Madras plague regulations and rules - Volume 1
Disease focus: Plague
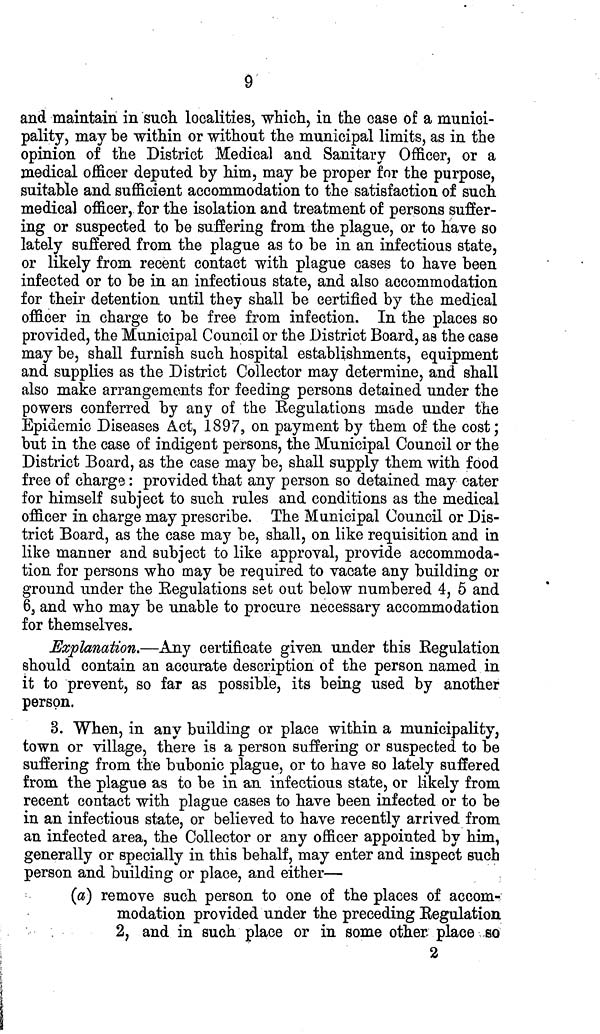
9
and maintain in such localities, which, in the case of a munici-
pality, may be within or without the municipal limits, as in the
opinion of the District Medical and Sanitary Officer, or a
medical officer deputed by him, may be proper for the purpose,
suitable and sufficient accommodation to the satisfaction of such
medical officer, for the isolation and treatment of persons suffer-
ing or suspected to be suffering from the plague, or to have so
lately suffered from the plague as to be in an infectious state,
or likely from recent contact with plague cases to have been
infected or to be in an infectious state, and also accommodation
for their detention until they shall be certified by the medical
officer in charge to be free from infection. In the places so
provided, the Municipal Council or the District Board, as the case
may be, shall furnish such hospital establishments, equipment
and supplies as the District Collector may determine, and shall
also make arrangements for feeding persons detained under the
powers conferred by any of the Regulations made under the
Epidemic Diseases Act, 1897, on payment by them of the cost;
but in the case of indigent persons, the Municipal Council or the
District Board, as the case may be, shall supply them with food
free of charge: provided that any person so detained may cater
for himself subject to such rules and conditions as the medical
officer in charge may prescribe. The Municipal Council or Dis-
trict Board, as the case may be, shall, on like requisition and in
like manner and subject to like approval, provide accommoda-
tion for persons who may be required to vacate any building or
ground under the Regulations set out below numbered 4, 5 and
6, and who may be unable to procure necessary accommodation
for themselves.
Explanation.—Any certificate given under this Regulation
should contain an accurate description of the person named in
it to prevent, so far as possible, its being used by another
person.
3. When, in any building or place within a municipality,
town or village, there is a person suffering or suspected to be
suffering from the bubonic plague, or to have so lately suffered
from the plague as to be in an infectious state, or likely from
recent contact with plague cases to have been infected or to be
in an infectious state, or believed to have recently arrived from
an infected area, the Collector or any officer appointed by him,
generally or specially in this behalf, may enter and inspect such
person and building or place, and either—
(a) remove such person to one of the places of accom-
modation provided under the preceding Regulation
2, and in such place or in some other place so
2